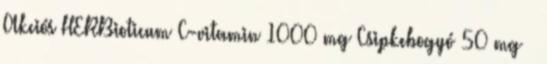
Akciós HERBioticum C-vitamin 1000 mg Csipkebogyó 50 mg »